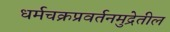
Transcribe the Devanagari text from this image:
धर्मचक्रप्रवर्तनमुद्रेतील